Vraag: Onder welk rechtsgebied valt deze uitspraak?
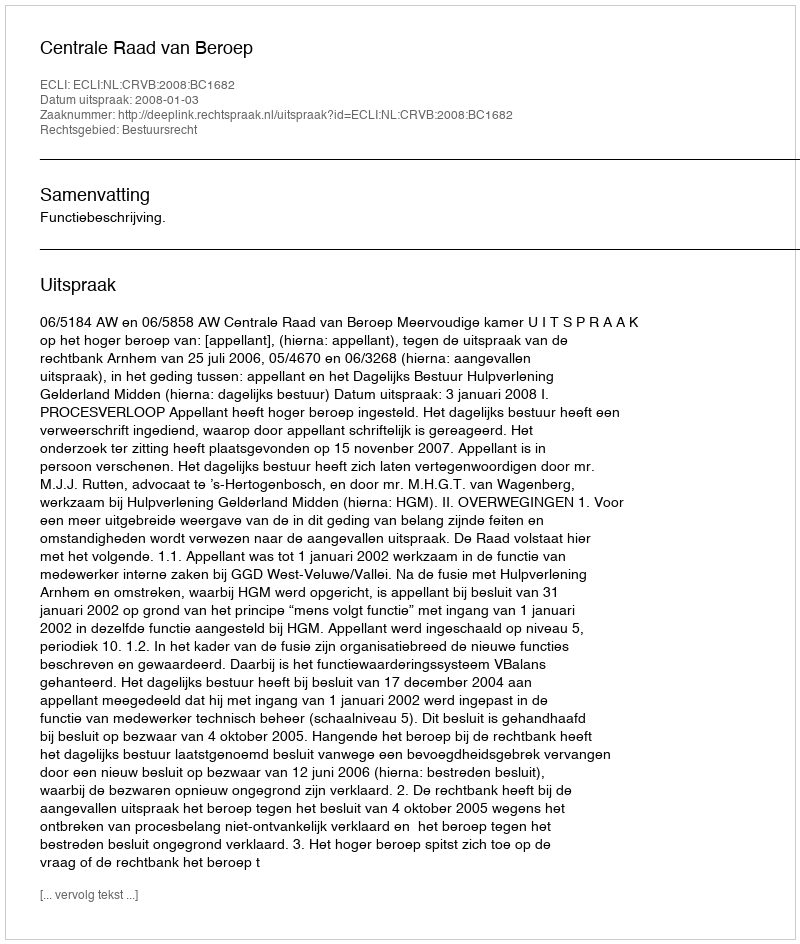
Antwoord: Bestuursrecht